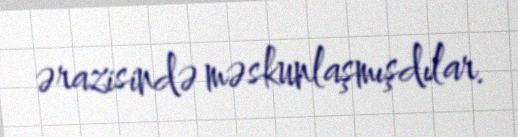
ərazisində məskunlaşmışdılar.